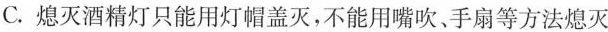
C.熄灭酒精灯只能用灯帽盖灭，不能用嘴吹、手扇等方法熄灭